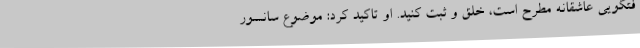
فتگویی عاشقانه مطرح است، خلق و ثبت کنید. او تاکید کرد: موضوع سانسور